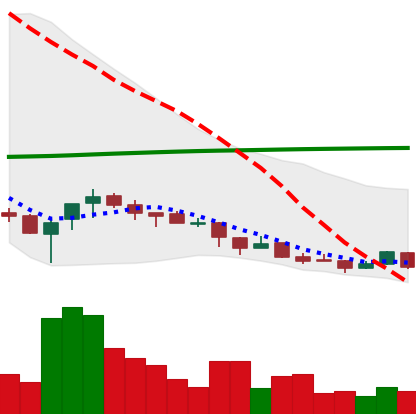
Ticker: NEO-USD
Chart end date: 2018-04-04
Forward return: 11.316%
Label: up_7plus